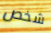
شخص